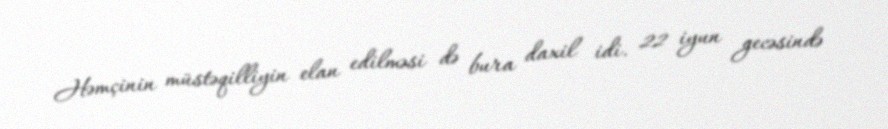
Həmçinin müstəqilliyin elan edilməsi də bura daxil idi. 22 iyun gecəsində